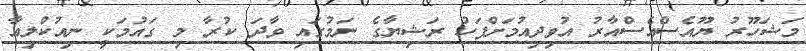
މަޝަހޫރު ޔޫއެސްއެސްއާރު އުވިދިއުމަށްފަހު ރަޝިޔާގެ ނަމުގައި ވާދަ ކުރާ މި ގައުމަކީ ނިއުކްލިއާ